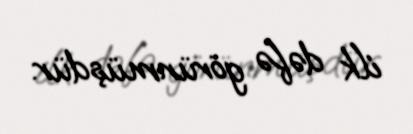
ilk dəfə görünmüşdür.